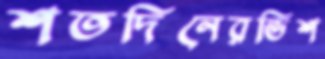
শতদিনেরভিশ